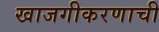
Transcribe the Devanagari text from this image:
खाजगीकरणाची